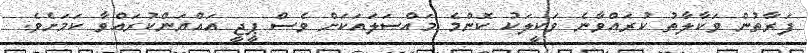
ފަރާތުން ވަކާލާތު ކުރައްވާނެ ވަކީލަކު ކޮންމެ މައްސަލައަކަށް ވެސް ޕީޖީ އައްޔަންކުރައްވާ ކަމަށެވެ.